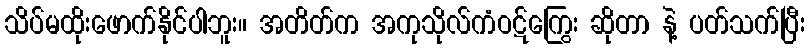
သိပ်မထိုးဖောက်နိုင်ပါဘူး။ အတိတ်က အကုသိုလ်ကံဝဋ်ကြွေး ဆိုတာ နဲ့ ပတ်သက်ပြီး